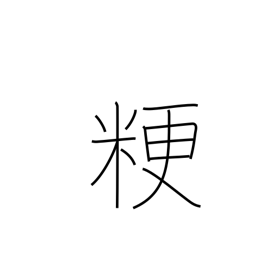
Meaning: ordinary rice